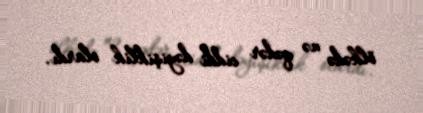
ölkədə nə qədər ciddi dəyişiklik olardı.